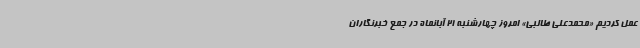
عمل کردیم «محمدعلی طالبی» امروز چهارشنبه 21 آبانماه در جمع خبرنگاران